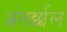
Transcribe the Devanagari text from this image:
अंतर्छाल